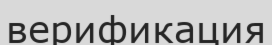
верификация